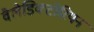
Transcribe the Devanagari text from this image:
वैलेडिक्टोरियन